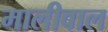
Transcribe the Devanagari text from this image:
मालीवाल